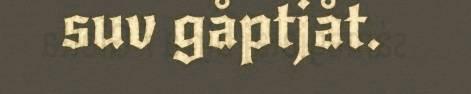
suv gåptjåt.